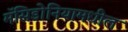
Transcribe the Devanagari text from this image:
मॅसिडोनियामधील